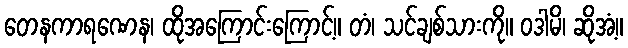
တေနကာရဏေန၊ ထိုအကြောင်းကြောင့်။ တံ၊ သင်ချစ်သားကို။ ဝဒါမိ၊ ဆိုအံ့။